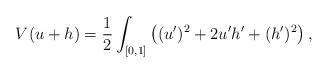
LaTeX: \begin{align*} V(u+h)=\frac{1}{2}\int_{[0,1]}\big((u')^2+2u'h'+(h')^2\big)\,, \end{align*}